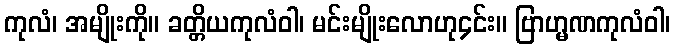
ကုလံ၊ အမျိုးကို။ ခတ္တိယကုလံဝါ၊ မင်းမျိုးလောဟု၄င်း။ ဗြာဟ္မဏကုလံဝါ၊